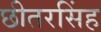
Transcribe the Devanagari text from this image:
छीतरसिंह